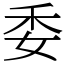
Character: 委